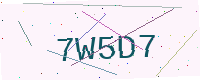
Text: 7W5D7